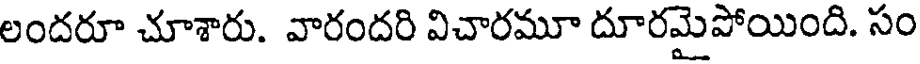
లందరూ చూశారు. వారందరి విచారమూ దూరమైపోయింది. సం